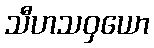
သီဟသဝှယော